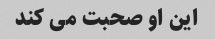
این او صحبت می کند